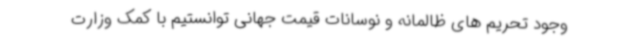
وجود تحریم های ظالمانه و نوسانات قیمت جهانی توانستیم با کمک وزارت